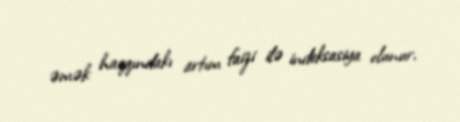
əmək haqqındakı artım faizi ilə indeksasiya olunur.